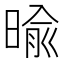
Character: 𣈥